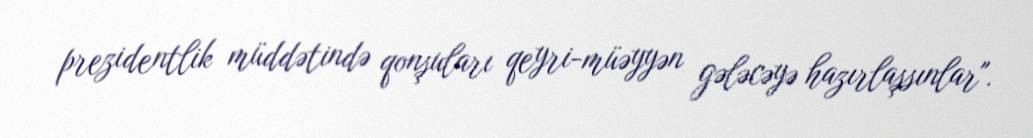
prezidentlik müddətində qonşuları qeyri-müəyyən gələcəyə hazırlaşsınlar".